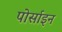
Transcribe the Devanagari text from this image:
पोर्साइन